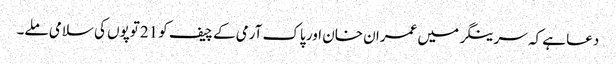
دعا ہے کہ سرینگر میں عمران خان اور پاک آرمی کے چیف کو 21توپوں کی سلامی ملے۔